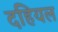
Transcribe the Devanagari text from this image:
दहियल